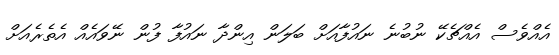
އެއްވެސް އެއްޗެކޭ ނުބުނެ ނައުފާއަށް ބަލަން އިންދާ ނައުފާ ފުން ނޭވައެއް އެތެރެއަށް